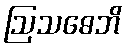
ဩသဓေဘိ